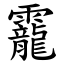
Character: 靇